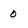
Character: 0